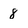
Character: 8